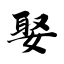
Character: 娶